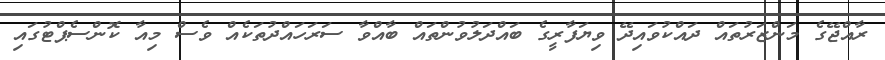
ރާއްޖޭގެ މަންޒަރުތައް ދައްކުވައިދޭ ވިޔަފާރީގެ ބައްދަލުވުންތައް ބާއްވާ ސަރަހައްދުތަކެއް ވެސް މިއާ ކޮންސެޕްޓުގައި